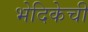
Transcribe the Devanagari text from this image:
भेदिकेची